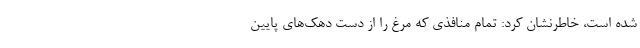
شده است، خاطرنشان کرد: تمام منافذی که مرغ را از دست دهک‌های پایین